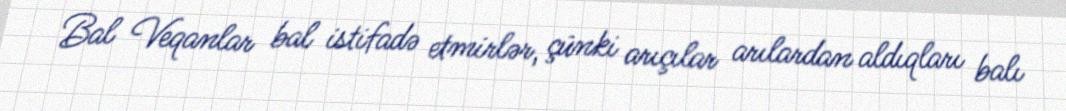
Bal Veqanlar bal istifadə etmirlər, çünki arıçılar arılardan aldıqları balı